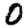
Digit: 0